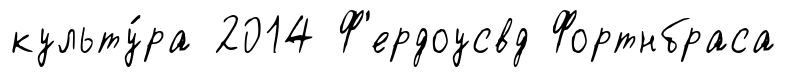
культу́ра 2014 Ф'ердоусвд Фортнбраса